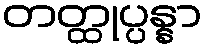
တတ္ထုပ္ပန္နာ